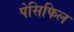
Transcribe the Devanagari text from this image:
पेसिफिल